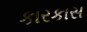
કારકાસ